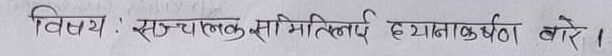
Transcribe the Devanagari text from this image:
विषय : सन्चालक समितीलाई ध्यानाकर्षण बरे ।